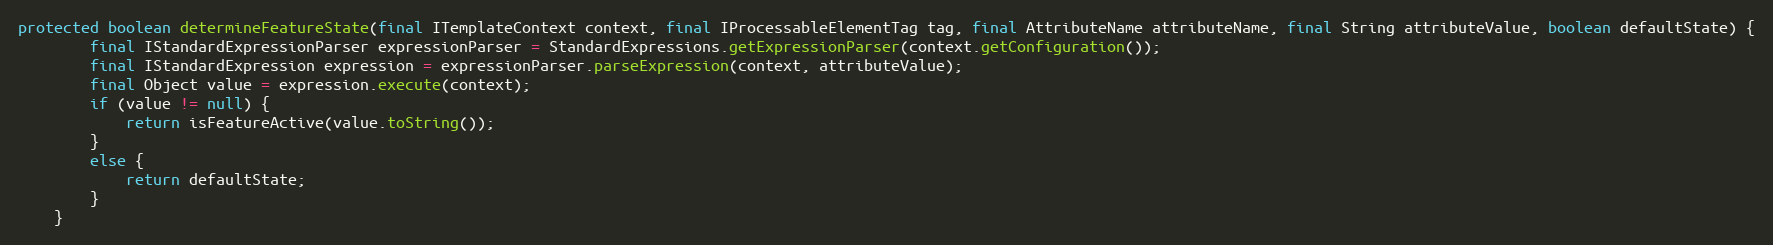
Language: Java
protected boolean determineFeatureState(final ITemplateContext context, final IProcessableElementTag tag, final AttributeName attributeName, final String attributeValue, boolean defaultState) {
        final IStandardExpressionParser expressionParser = StandardExpressions.getExpressionParser(context.getConfiguration());
        final IStandardExpression expression = expressionParser.parseExpression(context, attributeValue);
        final Object value = expression.execute(context);
        if (value != null) {
            return isFeatureActive(value.toString());
        }
        else {
            return defaultState;
        }
    }